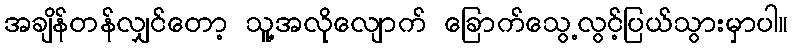
အချိန်တန်လျှင်တော့ သူ့အလိုလျောက် ခြောက်သွေ့လွင့်ပြယ်သွားမှာပါ။